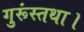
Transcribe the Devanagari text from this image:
गुरूंस्तथा।